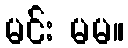
မင်း မမ။